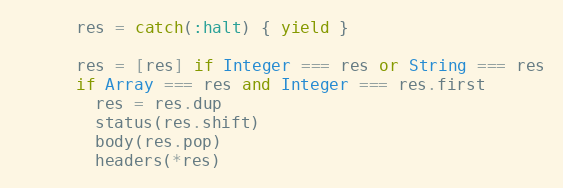
Language: Ruby
      res = catch(:halt) { yield }

      res = [res] if Integer === res or String === res
      if Array === res and Integer === res.first
        res = res.dup
        status(res.shift)
        body(res.pop)
        headers(*res)